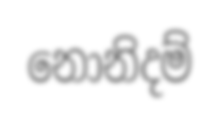
නොනිදම්